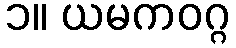
၁။ ယမကဝဂ္ဂ